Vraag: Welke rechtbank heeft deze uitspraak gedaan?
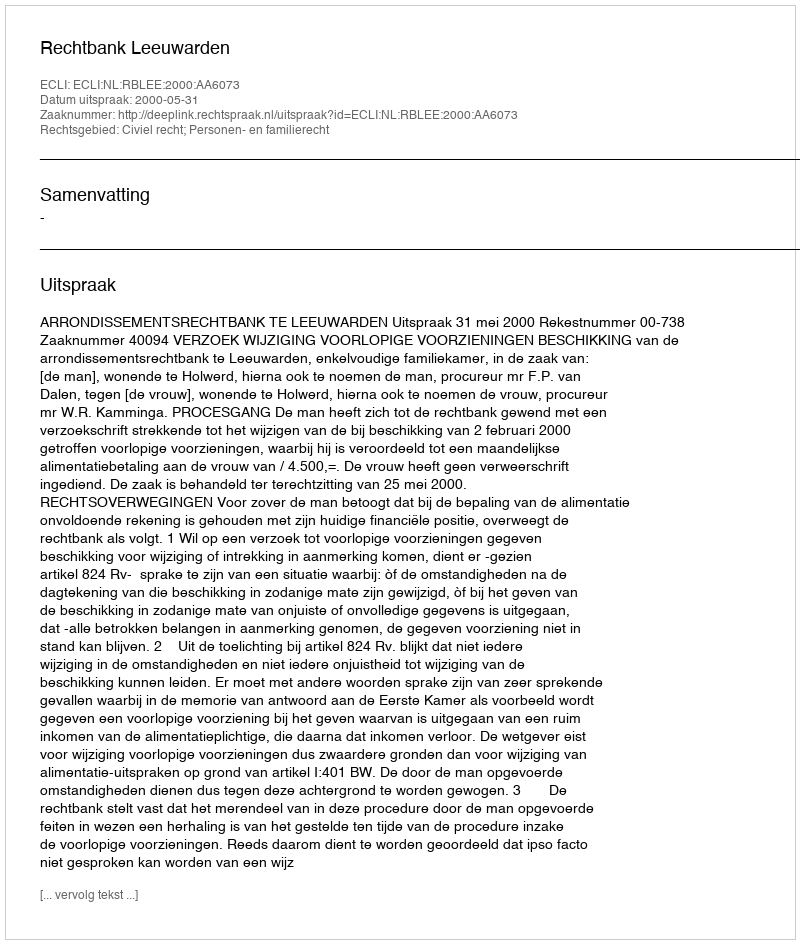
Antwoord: Rechtbank Leeuwarden